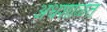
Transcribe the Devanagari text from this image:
अंधशाळेत